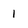
Character: 1